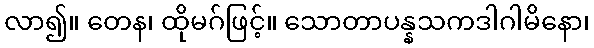
လာ၍။ တေန၊ ထိုမဂ်ဖြင့်။ သောတာပန္နသကဒါဂါမိနော၊